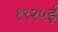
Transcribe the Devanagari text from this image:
१९२५ई